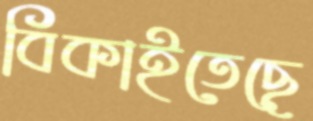
বিকাইতেছে